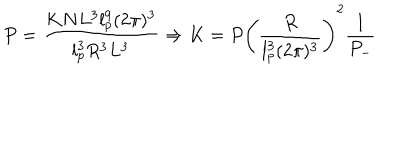
P = \frac { K N L ^ { 3 } l _ { p } ^ { 9 } ( 2 \pi ) ^ { 3 } } { l _ { p } ^ { 3 } R ^ { 3 } L ^ { 3 } } \Rightarrow K = P \left( \frac { R } { l _ { p } ^ { 3 } ( 2 \pi ) ^ { 3 } } \right) ^ { 2 } \frac { 1 } { P _ { - } }